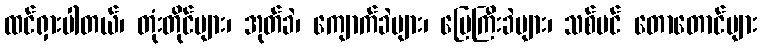
ထင်ရှားပါတယ်၊ တုံးတိုင်များ၊ အုတ်ခဲ၊ ကျောက်ခဲများ၊ မြေကြီးခဲများ၊ သစ်ပင် တောတောင်များ